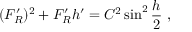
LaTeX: ( F _ { R } ^ { \prime } ) ^ { 2 } + F _ { R } ^ { \prime } h ^ { \prime } = C ^ { 2 } \sin ^ { 2 } { \frac { h } { 2 } } \ ,